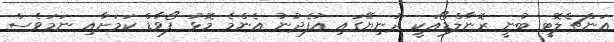
އަންޗެލޮޓީ ބުނީ ރޮނާލްޑޯއަކީ ދުނިޔޭގައި އުފެދުނު އެންމެ މޮޅު ފޯވާޑް ކަމަށާއި ނަމަވެސް